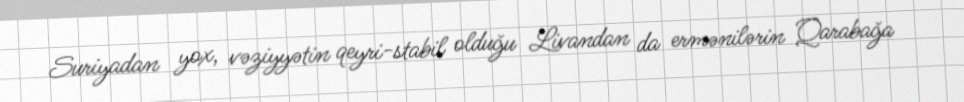
Suriyadan yox, vəziyyətin qeyri-stabil olduğu Livandan da ermənilərin Qarabağa